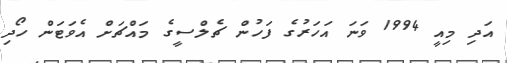
އަދި މިއީ 1994 ވަނަ އަހަރުގެ ފަހުން ޗެލްސީގެ މައްޗަށް އެވަޓަން ހޯދި